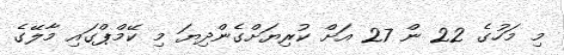
މި މަހުގެ 22 ން 27 އަށް ކުރިޔަށްގެންދިޔަ މި ކޭމްޕްގައި މާލޭގެ